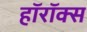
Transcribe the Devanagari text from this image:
हॉरॉक्स